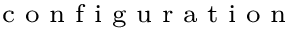
_ \textrm { c o n f i g u r a t i o n }